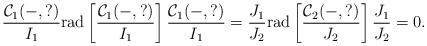
LaTeX: \begin{align*} \frac{\mathcal{C}_1(-,?)}{I_1} \mathrm{rad}\left[ \frac{\mathcal{C}_1(-,?)}{I_1}\right]\frac{\mathcal{C}_1(-,?)}{I_1}= \frac{J_1}{J_2}\mathrm{rad}\left[ \frac{\mathcal{C}_2(-,?)}{J_2} \right]\frac{J_1}{J_2}=0. \end{align*}